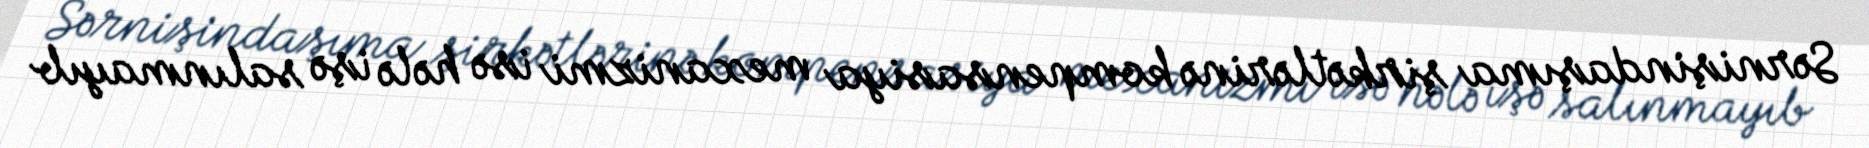
Sərnişindaşıma şirkətlərinə kompensasiya mexanizmi isə hələ işə salınmayıb